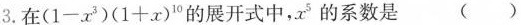
3.在$$(1-x^{3})(1+x)^{10}$$的展开式中，x^{5}的系数是 ()